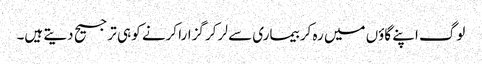
لوگ اپنے گاؤں میں رہ کر بیماری سے لر کر گزارا کرنے کو ہی ترجیح دیتے ہیں۔